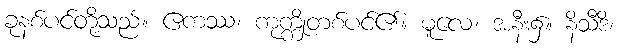
ခုနစ်ပင်တို့သည်။ ဧကဿ၊ ကုက္ကိုတစ်ပင်၏။ မူလေ၊ အနီး၌။ နိသီဒိ၊